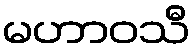
မဟာဝသီ